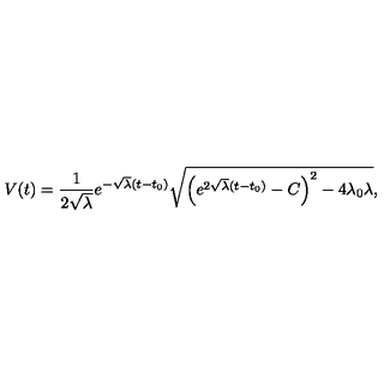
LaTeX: V ( t ) = \frac 1 { 2 \sqrt { \lambda } } e ^ { - \sqrt { \lambda } ( t - t _ { 0 } ) } \sqrt { \left( e ^ { 2 \sqrt { \lambda } ( t - t _ { 0 } ) } - C \right) ^ { 2 } - 4 \lambda _ { 0 } \lambda } ,